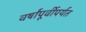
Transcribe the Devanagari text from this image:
वर्षांपूर्वीपर्यत